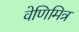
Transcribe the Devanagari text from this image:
वेणिमित्र